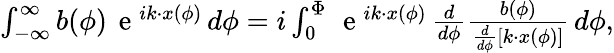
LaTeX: \begin{array}{r}{\int_{-\infty}^{\infty}b(\phi)\, \mathrm{~e~}^{ik\cdot x(\phi)}\, d\phi=i\int_{0}^{\Phi}\, \mathrm{~e~}^{ik\cdot x(\phi)}\, \frac{d}{d\phi}\frac{b(\phi)}{\frac{d}{d\phi}\left[k\cdot x(\phi)\right]}\, d\phi,}\end{array}